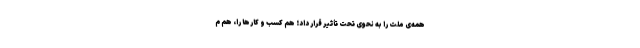
همه‌ی ملّت را به نحوی تحت تأثیر قرار داد؛ هم کسب و کارها را، هم م